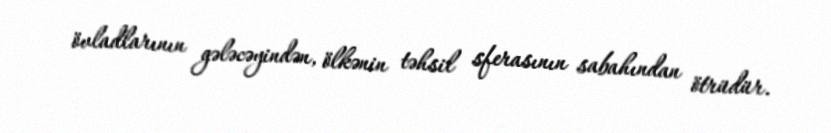
övladlarının gələcəyindən, ölkənin təhsil sferasının sabahından ötrüdür.